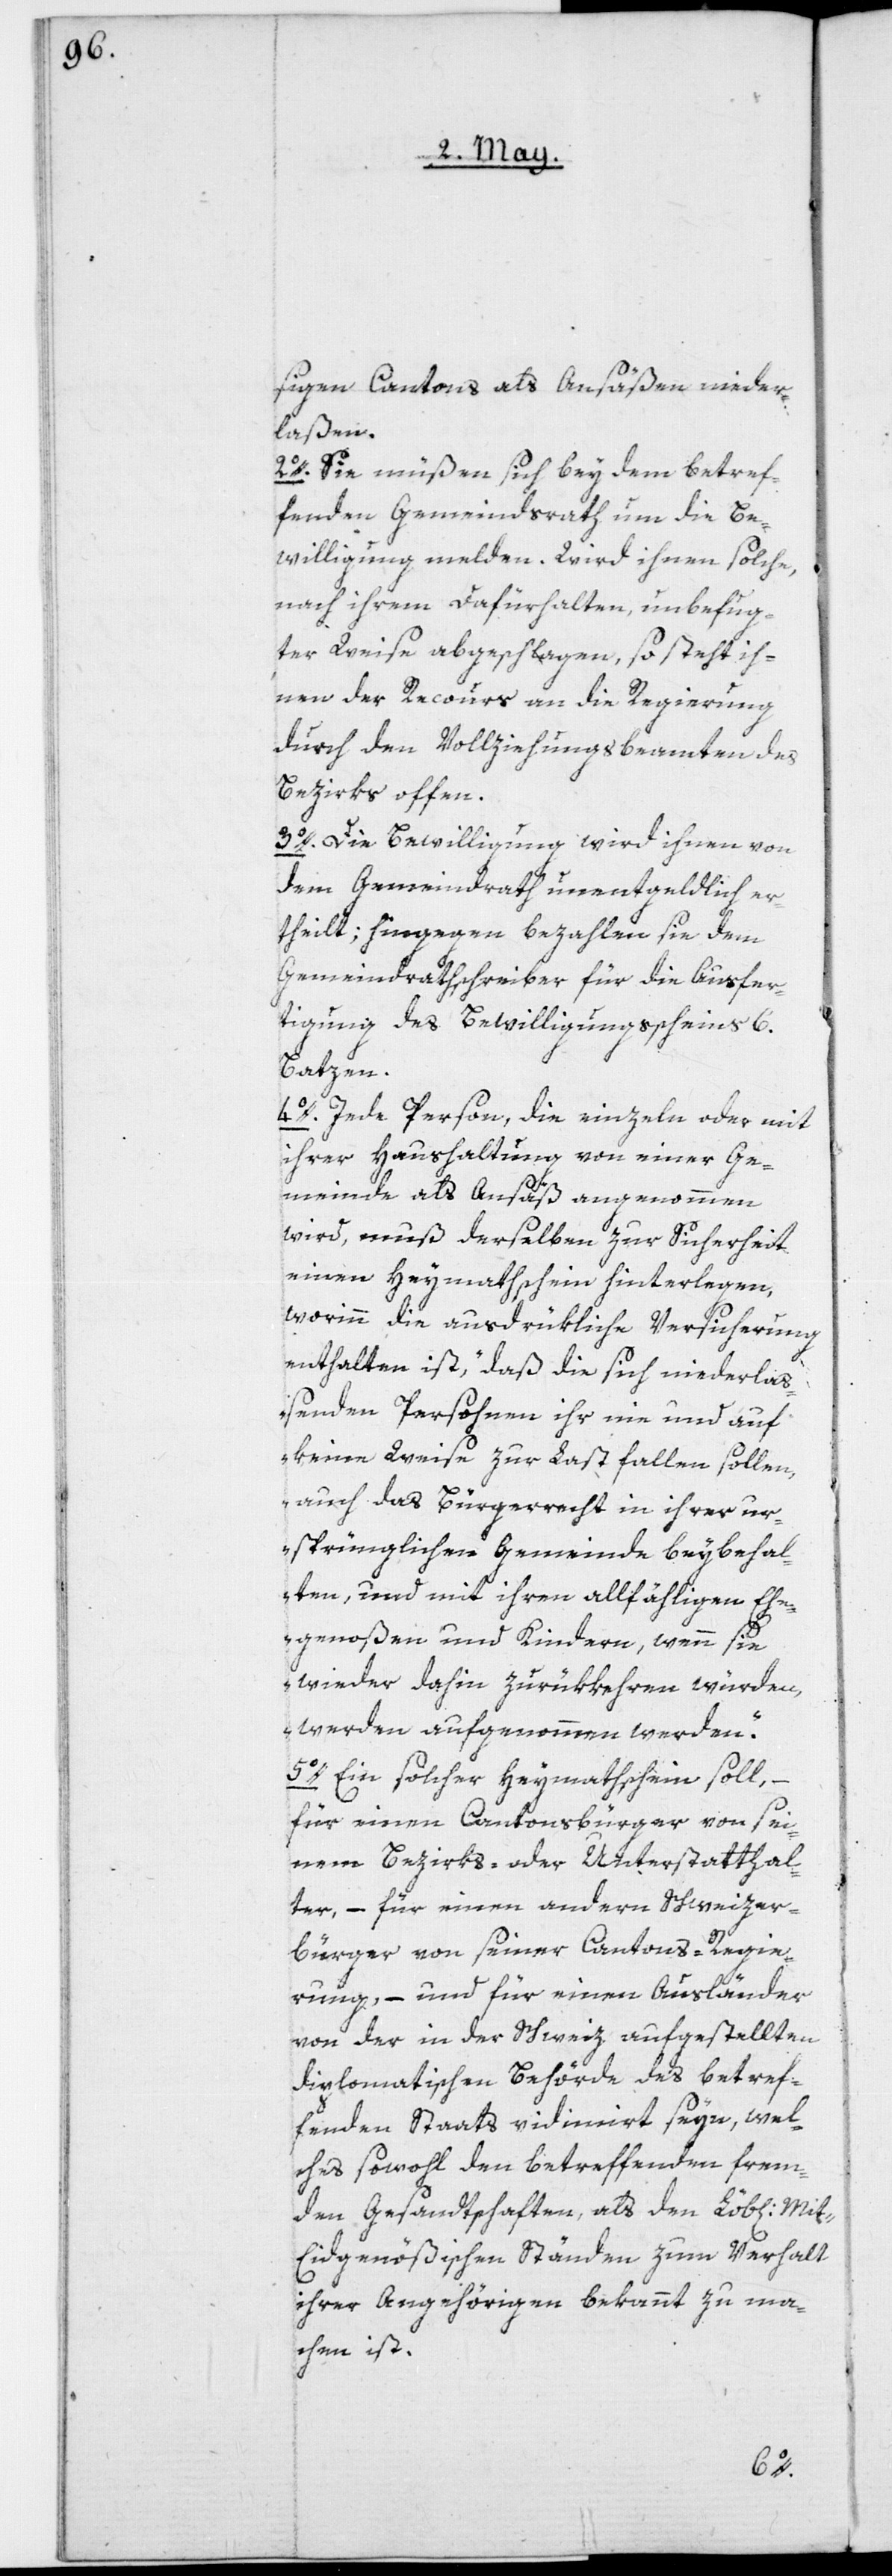
sigen Cantons als Ansäßen nieder¬
laßen.
2o. Sie müßen sich bey dem betref¬
fenden Gemeindsrath um die Be¬
willigung melden. Wird ihnen solche,
nach ihrem Dafürhalten unbefug¬
ter Weise abgeschlagen, so steht ih¬
nen der Recours an die Regierung
durch den Vollziehungsbeamten des
Bezirks offen.
3o. Die Bewilligung wird ihnen von
dem Gemeindrath unentgeldlich er¬
theilt; hingegen bezahlen sie dem
Gemeindrathschreiber für die Ausfer¬
tigung des Bewilligungsscheins 6.
Batzen.
4o. Jede Person, die einzeln oder mit
ihrer Haushaltung von einer Ge¬
Mi¬
meinde als Ansäß angenommen
wird, muß derselben zur Sicherheit
einen Heymathschein hinterlegen,
worinn die ausdrükliche Versicherung
enthalten ist, „daß die sich niederlaß¬
enden Persohnen ihr nie und auf
keine Weise zur Last fallen sollen,
auch das Bürgerrecht in ihrer ur¬
sprünglichen Gemeinde beybehal¬
ten, und mit ihren allfählligen Ehe¬
genoßen und Kindern, wenn sie
wieder dahin zurükkehren würden,
werden aufgenommen werden“.
5o. Ein solcher Heymathschein soll, –
für einen Cantonsbürger von sei¬
nem Bezirks- oder Unterstatthal¬
ter, – für einen andern Schweizer¬
bürger von seiner Cantons-Regie¬
rung, – und für einen Ausländer
von der in der Schweiz aufgestellten
diplomatischen Behörde des betref¬
fenden Staats vidimirt seyn, wel¬
ches sowohl den betreffenden frem¬
den Gesandtschaften als den Löb[lichen]
t-Eidgenößischen Ständen zum Verhalt
ihrer Angehörigen bekannt zu ma¬
chen ist.